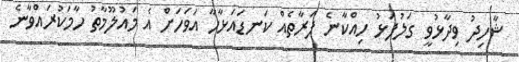
ޝާހިދު ވިދާޅުވީ ގަލުފަޅު ހިއްކާނެ ފަރާތެއް ކަނޑައަޅާހާ އަވަހަށް އެ މައުލޫމާތު ހާމަކުރައްވާނެ